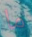
ما